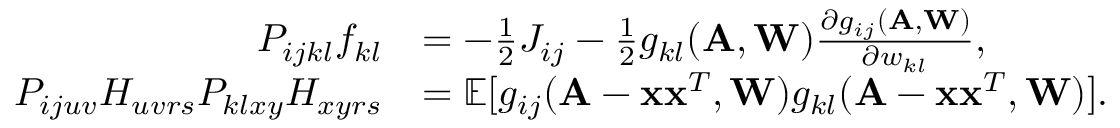
\begin{array} { r l } { P _ { i j k l } f _ { k l } } & { = - \frac { 1 } { 2 } J _ { i j } - \frac { 1 } { 2 } g _ { k l } ( \mathbf A , \mathbf W ) \frac { \partial g _ { i j } ( \mathbf A , \mathbf W ) } { \partial w _ { k l } } , } \\ { P _ { i j u v } H _ { u v r s } P _ { k l x y } H _ { x y r s } } & { = \mathbb { E } [ g _ { i j } ( \mathbf A - \mathbf x \mathbf x ^ { T } , \mathbf W ) g _ { k l } ( \mathbf A - \mathbf x \mathbf x ^ { T } , \mathbf W ) ] . } \end{array}